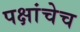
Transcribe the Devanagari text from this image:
पक्षांचेच